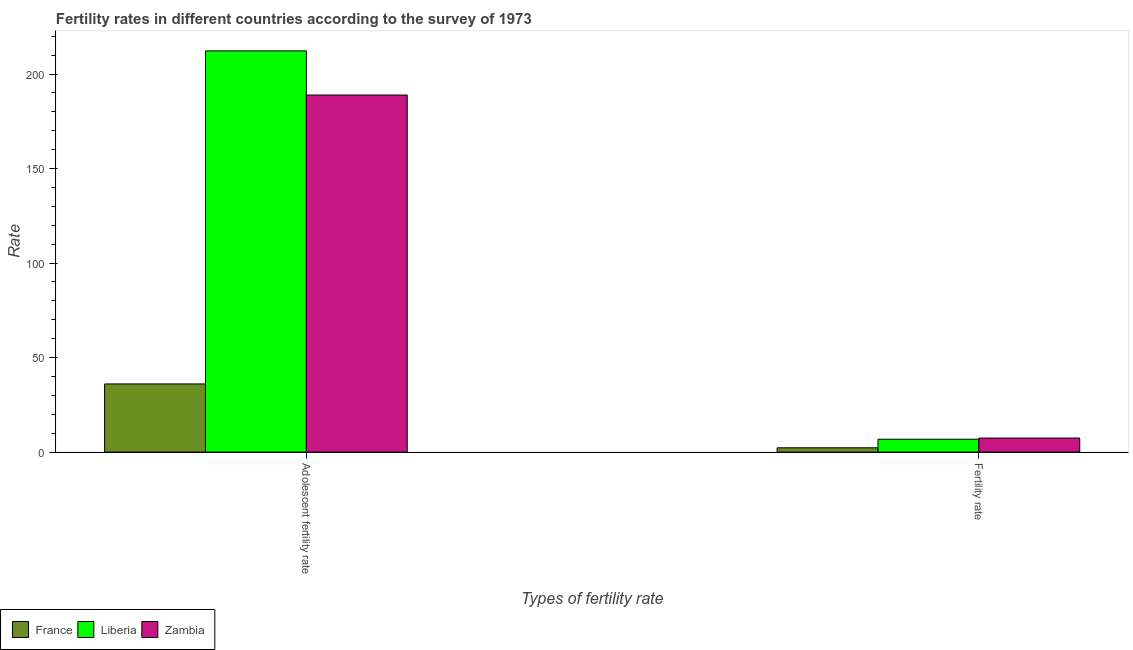
| Types of fertility rate | France | Liberia | Zambia |
 | --- | --- | --- | --- |
 | Adolescent fertility rate | 36.1 | 212 | 189 |
 | Fertility rate | 2.28 | 6.82 | 7.44 |